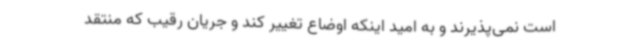
است نمی‌پذیرند و به امید اینکه اوضاع تغییر کند و جریان رقیب که منتقد